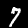
Digit: 7